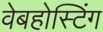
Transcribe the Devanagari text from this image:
वेबहोस्टिंग